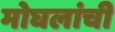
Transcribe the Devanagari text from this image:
मोघलांची